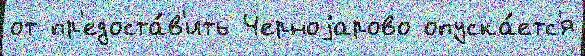
от пр'едоста́в'ить Черноjарово опуска́етс'я